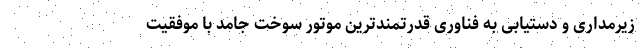
زیرمداری و دستیابی به فناوری قدرتمندترین موتور سوخت جامد با موفقیت